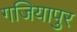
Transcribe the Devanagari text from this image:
गजियापुर